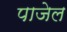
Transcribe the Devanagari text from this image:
पाजेल